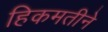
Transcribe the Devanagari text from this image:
हिकमतीने